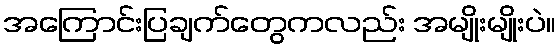
အကြောင်းပြချက်တွေကလည်း အမျိုးမျိုးပဲ။